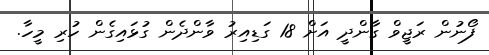
ފޯނުން ރަޖީވް ގާންދީ އަށް 18 ގަޑިއިރު ވާންދެން ގުޅައިގެން ހުރި މީހާ.